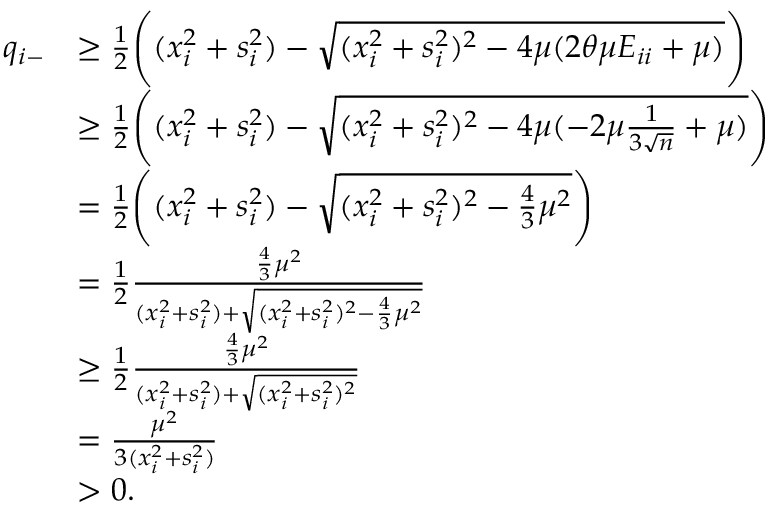
\begin{array} { r l } { q _ { i - } } & { \geq \frac { 1 } { 2 } \Bigg ( ( x _ { i } ^ { 2 } + s _ { i } ^ { 2 } ) - \sqrt { ( x _ { i } ^ { 2 } + s _ { i } ^ { 2 } ) ^ { 2 } - 4 \mu ( 2 \theta \mu E _ { i i } + \mu ) } \Bigg ) } \\ & { \geq \frac { 1 } { 2 } \Bigg ( ( x _ { i } ^ { 2 } + s _ { i } ^ { 2 } ) - \sqrt { ( x _ { i } ^ { 2 } + s _ { i } ^ { 2 } ) ^ { 2 } - 4 \mu ( - 2 \mu \frac { 1 } { 3 \sqrt { n } } + \mu ) } \Bigg ) } \\ & { = \frac { 1 } { 2 } \Bigg ( ( x _ { i } ^ { 2 } + s _ { i } ^ { 2 } ) - \sqrt { ( x _ { i } ^ { 2 } + s _ { i } ^ { 2 } ) ^ { 2 } - \frac { 4 } { 3 } \mu ^ { 2 } } \Bigg ) } \\ & { = \frac { 1 } { 2 } \frac { \frac { 4 } { 3 } \mu ^ { 2 } } { ( x _ { i } ^ { 2 } + s _ { i } ^ { 2 } ) + \sqrt { ( x _ { i } ^ { 2 } + s _ { i } ^ { 2 } ) ^ { 2 } - \frac { 4 } { 3 } \mu ^ { 2 } } } } \\ & { \geq \frac { 1 } { 2 } \frac { \frac { 4 } { 3 } \mu ^ { 2 } } { ( x _ { i } ^ { 2 } + s _ { i } ^ { 2 } ) + \sqrt { ( x _ { i } ^ { 2 } + s _ { i } ^ { 2 } ) ^ { 2 } } } } \\ & { = \frac { \mu ^ { 2 } } { 3 ( x _ { i } ^ { 2 } + s _ { i } ^ { 2 } ) } } \\ & { > 0 . } \end{array}